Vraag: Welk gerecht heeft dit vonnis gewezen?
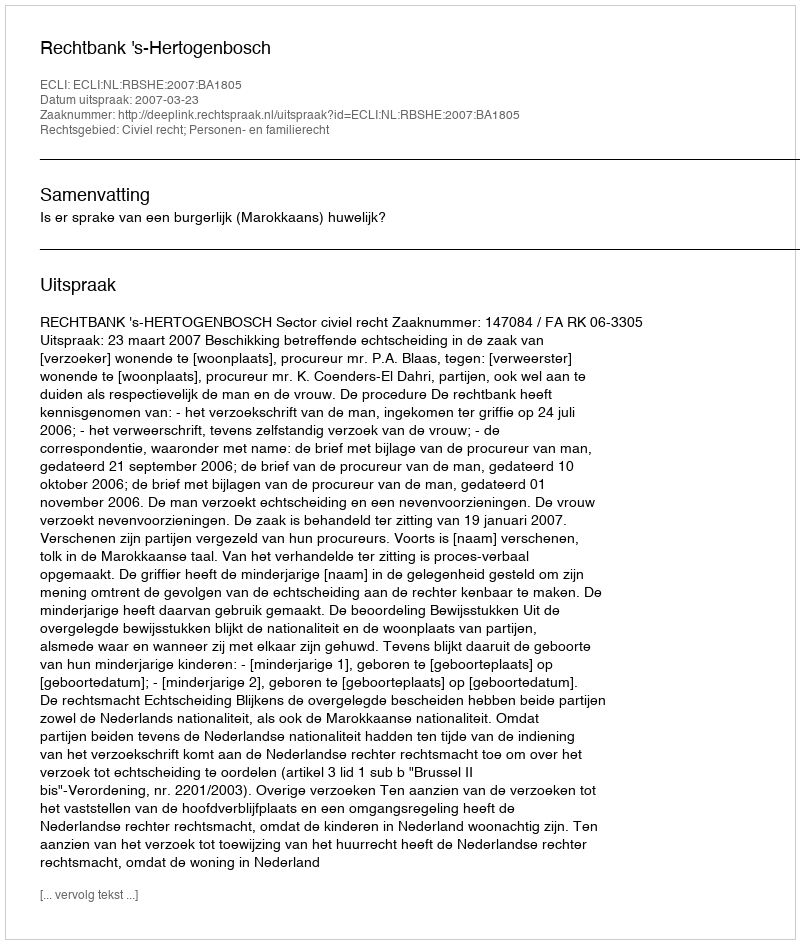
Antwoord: Rechtbank 's-Hertogenbosch